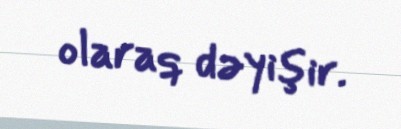
olaraq dəyişir.